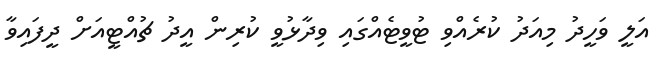
އަލީ ވަހީދު މިއަދު ކުރެއްވި ޓުވީޓެއްގައި ވިދާޅުވީ ކުރިން އީދު ޗުއްޓީއަށް ދީފައިވާ